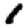
Digit: 1